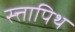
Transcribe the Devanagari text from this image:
स्त्तापिथ